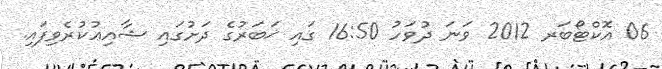
06 އޮކްޓޯބަރ 2012 ވަނަ ދުވަހު 16:50 ގައި ޚަބަރުގެ ދަށުގައި ޝާއިޢުކުރެވިފައި.